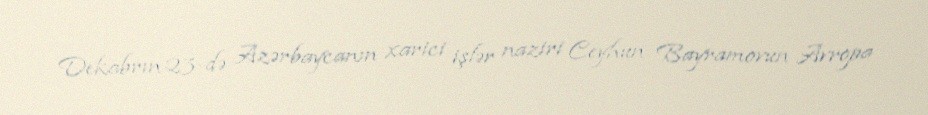
Dekabrın 23-də Azərbaycanın xarici işlər naziri Ceyhun Bayramovun Avropa